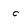
Character: c